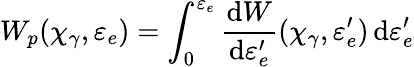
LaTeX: W_{p}(\chi_{\gamma},\varepsilon_{e})=\int_{0}^{\varepsilon_{e}}\frac{\mathrm{d}W}{\mathrm{d}\varepsilon_{e}^{\prime}}(\chi_{\gamma},\varepsilon_{e}^{\prime})\, \mathrm{d}\varepsilon_{e}^{\prime}